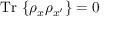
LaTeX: \mathrm { T r } \, \left\{ \rho _ { x } \rho _ { x ^ { \prime } } \right\} = 0